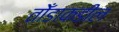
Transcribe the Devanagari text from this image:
तोँडाकडील